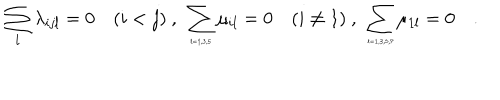
LaTeX: \sum _ { l } \lambda _ { i j l } = 0 \quad ( i < j ) \ , \ \sum _ { \tiny l = 1 , 3 , 5 } \mu _ { i l } = 0 \quad ( i \neq 1 ) \ , \ \sum _ { \tiny l = 1 , 3 , 5 , 7 } \mu _ { 1 l } = 0 \quad .